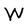
Character: W